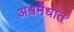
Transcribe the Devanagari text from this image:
अश्वमेधात